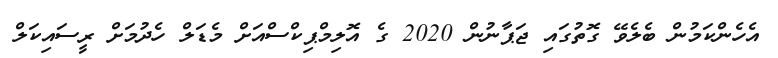
އެހެންކަމުން ބެލެވޭ ގޮތުގައި ޖަޕާނުން 2020 ގެ އޮލިމްޕިކްސްއަށް މެޑަލް ހެދުމަށް ރީސައިކަލް